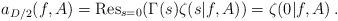
LaTeX: \begin{align*}a_{D/2}(f,A)={\rm Res}_{s=0} (\Gamma (s) \zeta (s|f,A))= \zeta (0|f,A) \,.\end{align*}